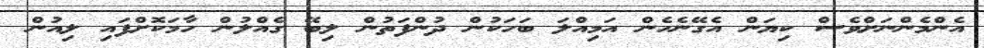
އެންމެންނަށްވެސް ކިޔަން އެގޭނެހެން އަމިއްލަ ބަހަކުން ދުންފަތުން ލިބޭ ގެއްލުން ހާމަކޮށްފައި ލިއުން